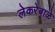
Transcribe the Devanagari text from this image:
लेकरेबाळे